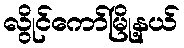
လွိုင်ကော်မြို့နယ်